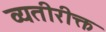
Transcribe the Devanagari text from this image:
व्यतीरीक्त